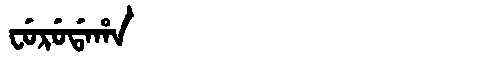
Manchu: ᠸᡠᡵᡠᡩᠠᡥᠠ
Romanization: FURUDAHA